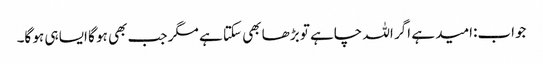
جواب:امید ہے اگر اللہ چاہے تو بڑھا بھی سکتا ہے مگر جب بھی ہو گا ایسا ہی ہو گا۔